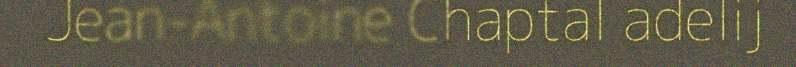
Jean-Antoine Chaptal adelij